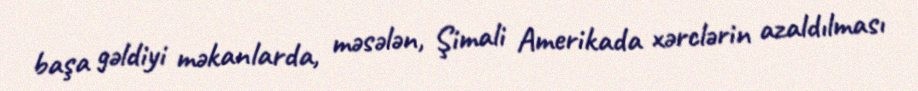
başa gəldiyi məkanlarda, məsələn, Şimali Amerikada xərclərin azaldılması